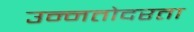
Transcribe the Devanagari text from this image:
उन्नतोदरता